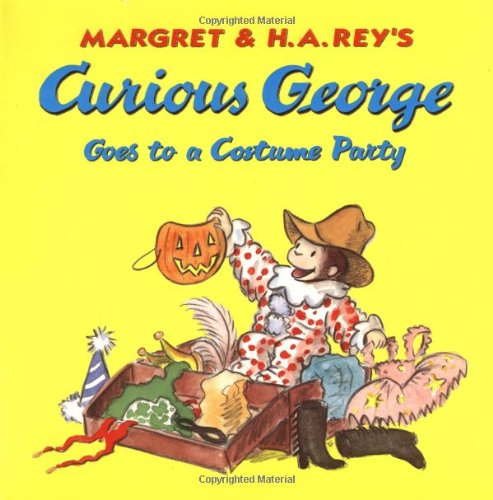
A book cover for Curious George Goes to a Costume Party; Margret Rey; Children's Books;